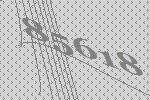
85618